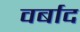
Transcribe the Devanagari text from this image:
वर्बाद